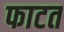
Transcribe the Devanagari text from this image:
फाटत